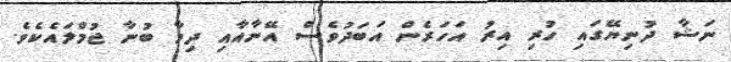
ނަޝާ ދުނިޔޭގައި ހުރި އިރު އަހަރެން އަބަދުވެސް އޭނާއާއި ދިމާ ބުނާ ޖުމްލައެކެވެ.